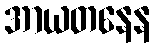
အာယတနေန